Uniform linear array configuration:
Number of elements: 48
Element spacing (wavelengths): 0.25
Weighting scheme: hann
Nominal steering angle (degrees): -45
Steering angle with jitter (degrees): -44.697
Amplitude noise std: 0.05
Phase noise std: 0.05

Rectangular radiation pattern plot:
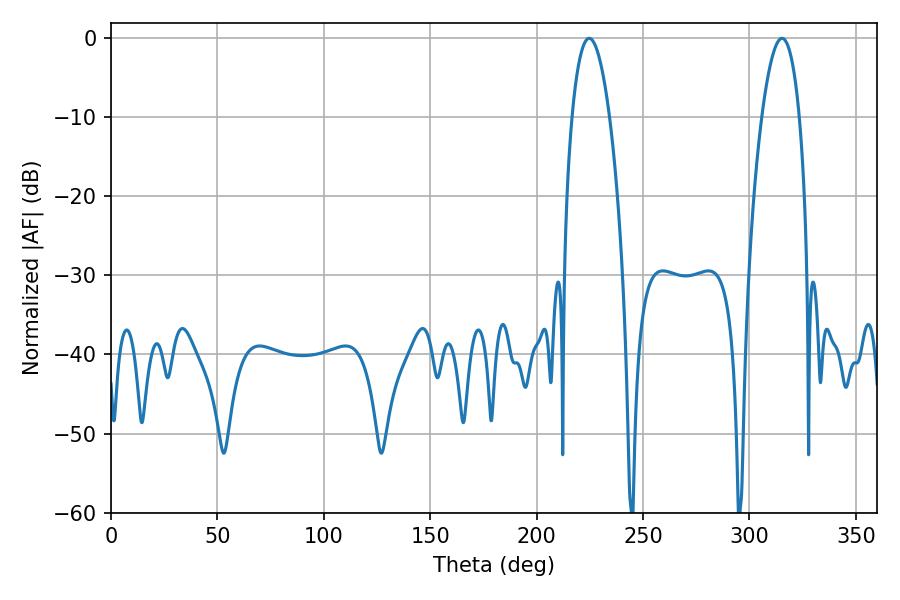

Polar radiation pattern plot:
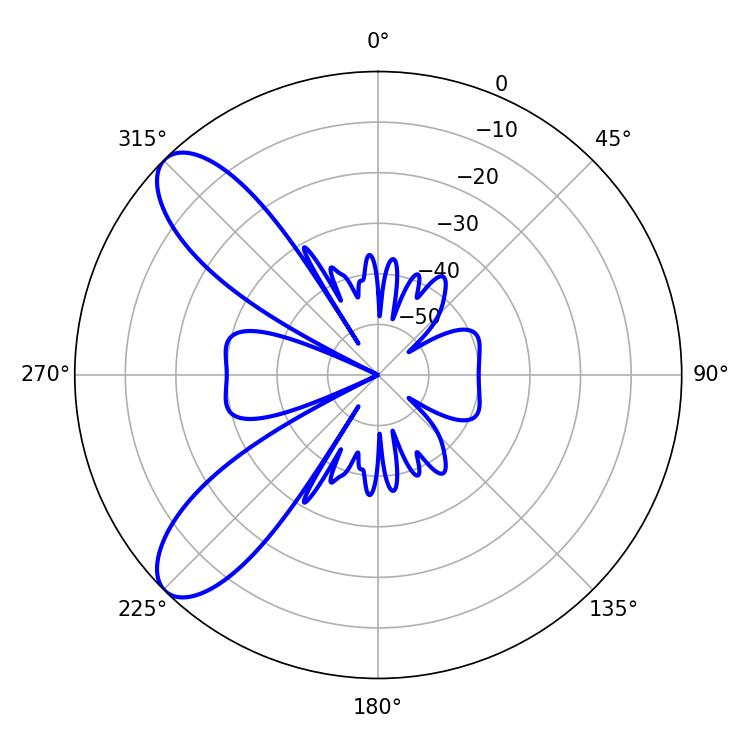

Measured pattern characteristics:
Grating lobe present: FALSE
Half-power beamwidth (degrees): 9.9
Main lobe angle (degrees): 224.64